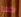
كما